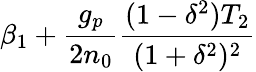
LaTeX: \beta_{1}+\frac{g_{p}}{2n_{0}}\frac{(1-\delta^{2})T_{2}}{(1+\delta^{2})^{2}}